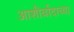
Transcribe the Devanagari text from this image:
आशीर्वादाच्या